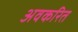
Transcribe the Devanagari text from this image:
अवकरित